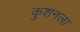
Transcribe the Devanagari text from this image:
कुशनला